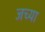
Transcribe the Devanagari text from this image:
जच्या